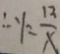
\therefore y = \frac { 1 3 } { x }